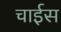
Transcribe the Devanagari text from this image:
चाईस